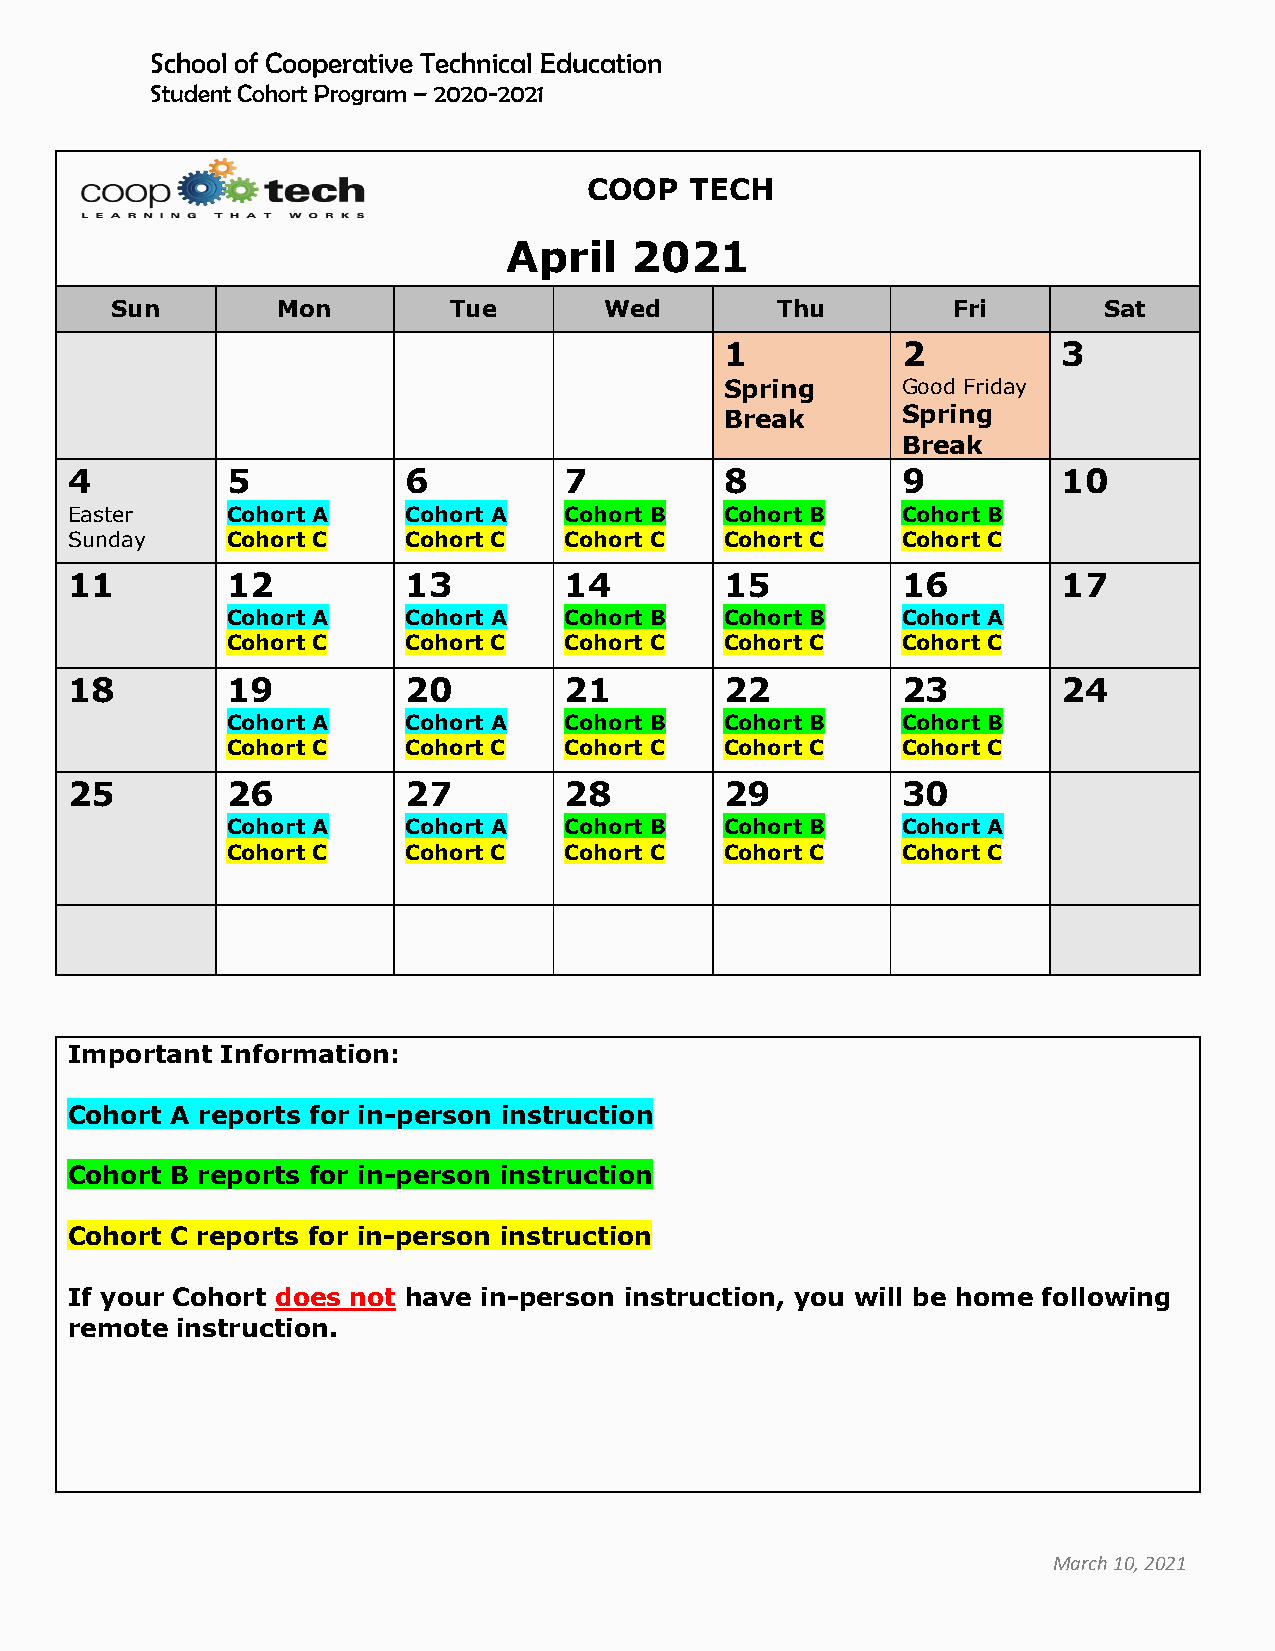
School of Cooperative Technical Education
 Student Cohort Program – 2020-2021
 COOP   TECH
 April   2021
 Sun        Mon         Tue       Wed        Thu         Fri       Sat
 1           2         3
 Spring      Good Friday
 Break       Spring
 Break
 4          5           6         7          8           9         10
 Easter     Cohort A    Cohort A  Cohort B   Cohort B    Cohort B
 Sunday     Cohort C    Cohort C  Cohort C   Cohort C    Cohort C
 11         12          13        14         15          16        17
 Cohort A    Cohort A  Cohort B   Cohort B    Cohort A
 Cohort C    Cohort C  Cohort C   Cohort C    Cohort C
 18         19          20        21         22          23        24
 Cohort A    Cohort A  Cohort B   Cohort B    Cohort B
 Cohort C    Cohort C  Cohort C   Cohort C    Cohort C
 25         26          27        28         29          30
 Cohort A    Cohort A  Cohort B   Cohort B    Cohort A
 Cohort C    Cohort C  Cohort C   Cohort C    Cohort C
 Important  Information:
 Cohort A reports for in-person instruction
 Cohort B reports for in-person instruction
 Cohort C reports for in-person instruction
 If your Cohort does not have in-person instruction, you will be home following
 remote  instruction.
 March 10, 2021